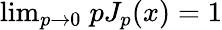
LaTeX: {\textrm{lim}}_{p\rightarrow 0}\; pJ_{p}(x)=1